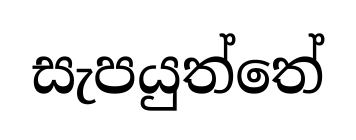
සැපයුත්තේ